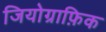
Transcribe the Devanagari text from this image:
जियोग्राफ़िक